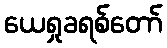
ယေရှုခရစ်တော်